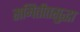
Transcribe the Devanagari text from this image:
समितीतसुद्धा